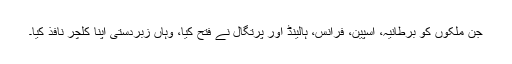
جن ملکوں کو برطانیہ، اسپین، فرانس، ہالینڈ اور پرتگال نے فتح کیا، وہاں زبردستی اپنا کلچر نافذ کیا۔